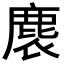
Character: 𪊘